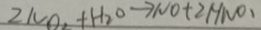
2 N O _ { 2 } + H _ { 2 } O \rightarrow N O + 2 H N O .